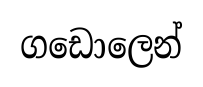
ගඩොලෙන්